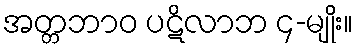
အတ္တဘာဝ ပဋိလာဘ ၄-မျိုး။